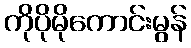
ကိုပိုမိုကောင်းမွန်